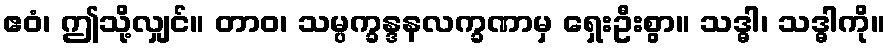
ဧဝံ၊ ဤသို့လျှင်။ တာဝ၊ သမ္ပက္ခန္ဒနလက္ခဏာမှ ရှေးဦးစွာ။ သဒ္ဓါ၊ သဒ္ဓါကို။